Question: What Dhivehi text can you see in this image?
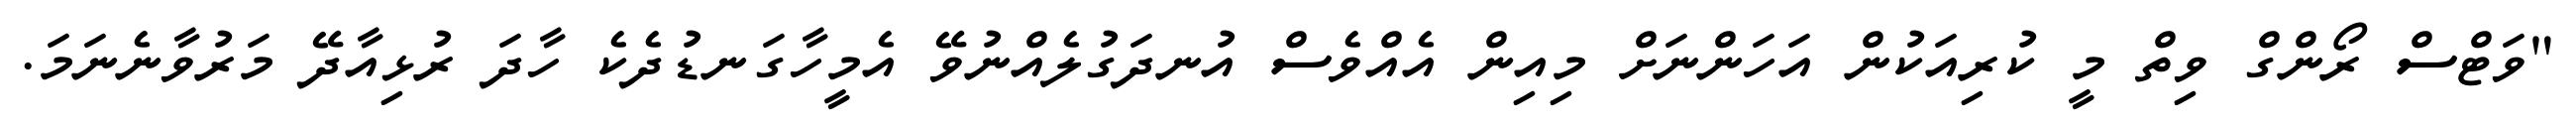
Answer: "ވަޓްސް ރޯންގް ވިތް މީ ކުރިއަކުން އަހަންނަށް މިއިން އެއްވެސް އުނދަގުލެއްނުވޭ އެމީހާގަނޑުދެކެ ހާދަ ރުޅިއާދޭ މަރުވާނެނަމަ.